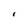
Character: I